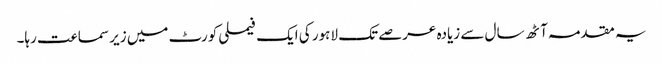
یہ مقدمہ آٹھ سال سے زیادہ عرصے تک لاہور کی ایک فیملی کورٹ میں زیر سماعت رہا۔